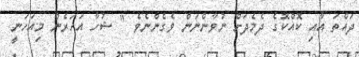
ދައްތަ އާއި ކޮއްކޮގެ ދެމެދަށް ނުވާންނަން ވެގެންނެވެ " ޝުހާ އަހަރެން މިއަހަނީ